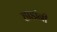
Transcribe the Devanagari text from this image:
हाडांनी